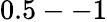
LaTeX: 0.5--1